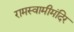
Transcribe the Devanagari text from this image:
रामस्वामीमंदिर